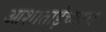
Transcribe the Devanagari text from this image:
आशाताईंच्याच